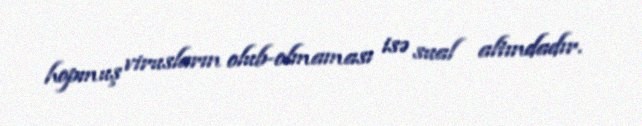
hopmuş virusların olub-olmaması isə sual altındadır.